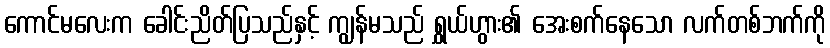
ကောင်မလေးက ခေါင်းညိတ်ပြသည်နှင့် ကျွန်မသည် ရွှယ်ဟွား၏ အေးစက်နေသော လက်တစ်ဘက်ကို